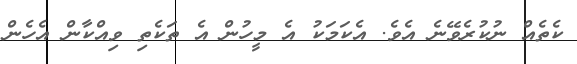
ކެތެއް ނުކުރެވޭނެ އެވެ. އެކަމަކު އެ މީހުން އެ ތަކެތި ވިއްކާން އެހެން